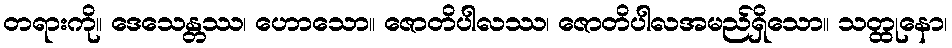
တရားကို။ ဒေသေန္တဿ၊ ဟောသော။ ဇောတိပါလဿ၊ ဇောတိပါလအမည်ရှိသော။ သတ္ထုနော၊